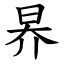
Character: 昦